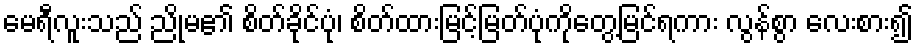
မေရီလူးသည် ညိုမ၏ စိတ်ခိုင်ပုံ၊ စိတ်ထားမြင့်မြတ်ပုံကိုတွေ့မြင်ရကား လွန်စွာ လေးစား၍